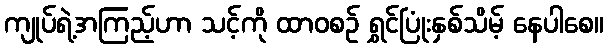
ကျုပ်ရဲ့အကြည့်ဟာ သင့်ကို ထာဝစဉ် ရွှင်ပြုံးနှစ်သိမ့် နေပါစေ။